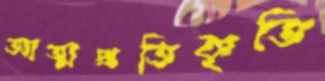
আত্মপ্রতিকৃতি